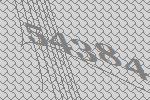
54384